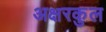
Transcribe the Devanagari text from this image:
अक्षरकुल